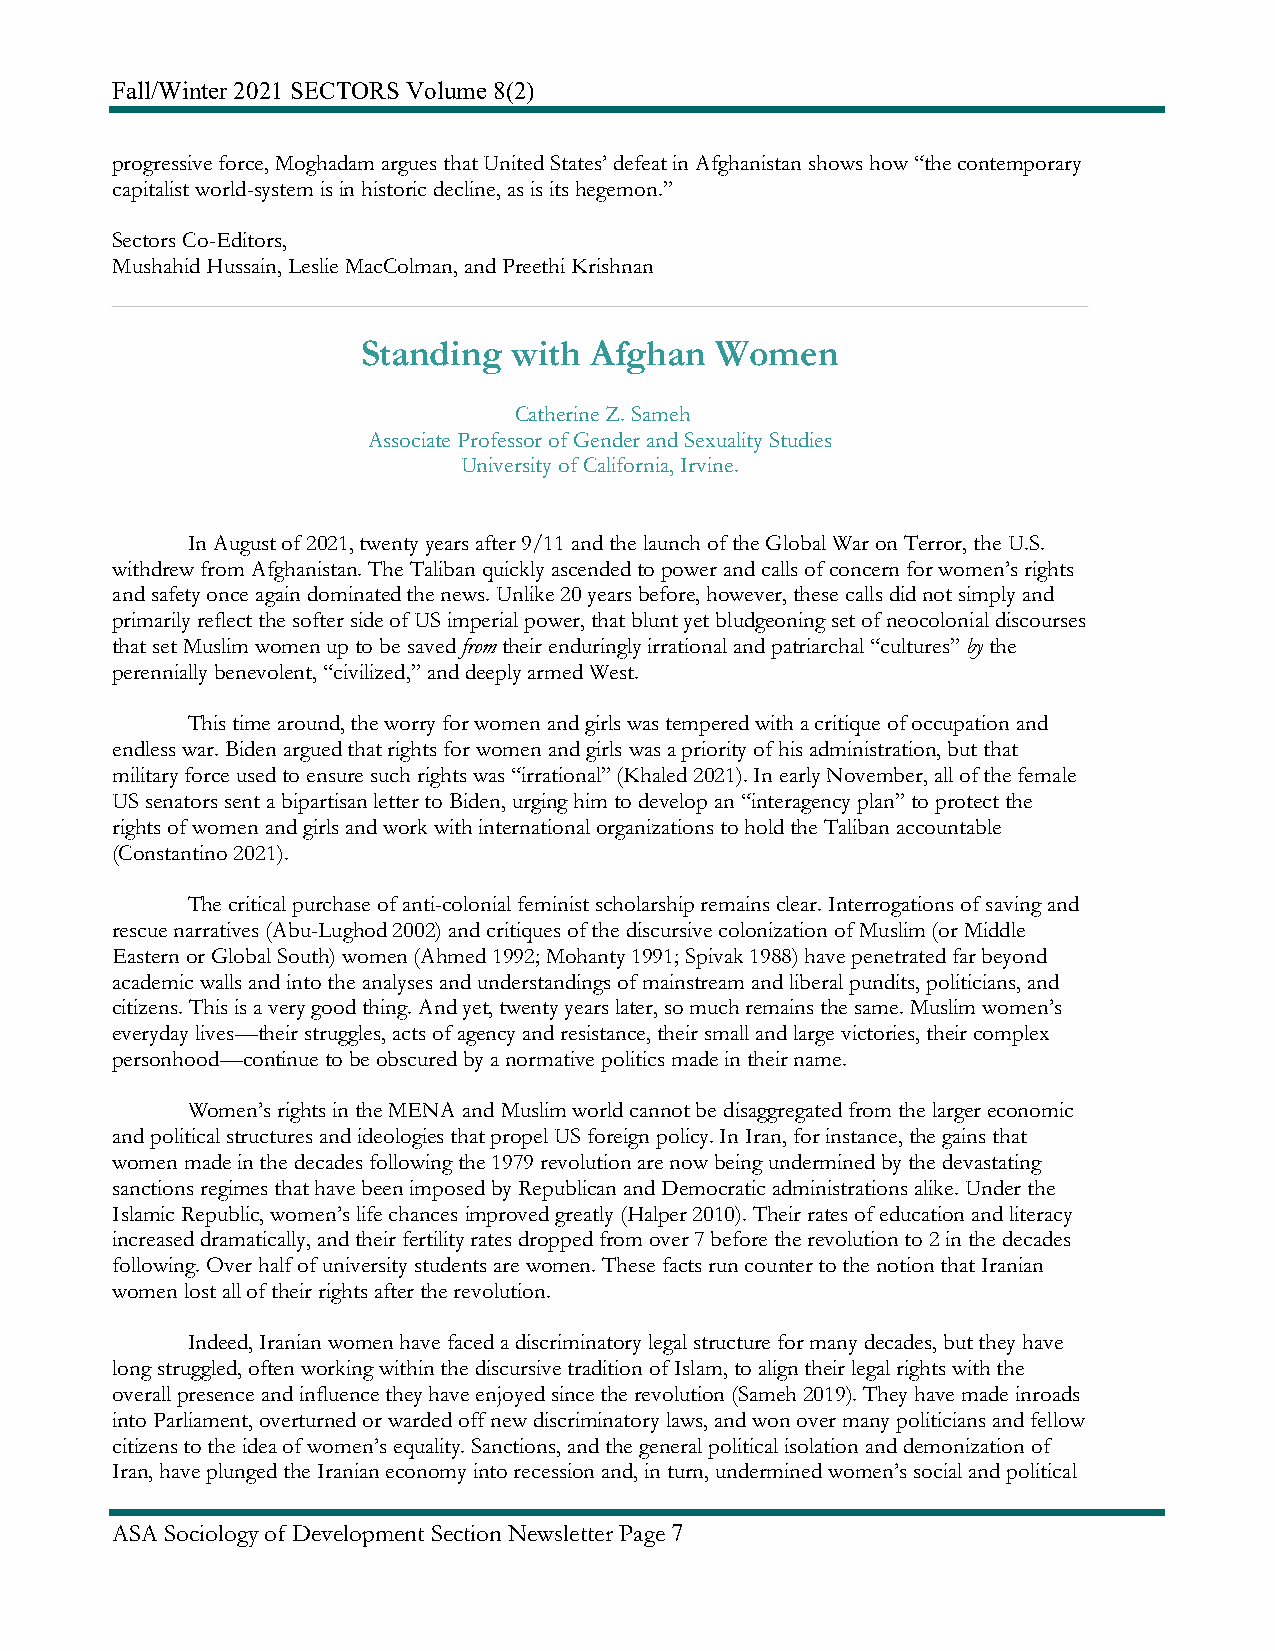
Fall/Winter 2021 SECTORS Volume 8(2)
 progressive force, Moghadam argues that United States’ defeat in Afghanistan shows how “the contemporary
 capitalist world-system is in historic decline, as is its hegemon.”
 Sectors Co-Editors,
 Mushahid Hussain, Leslie MacColman, and Preethi Krishnan
 Standing  with Afghan  Women
 Catherine Z. Sameh
 Associate Professor of Gender and Sexuality Studies
 University of California, Irvine.
 In August of 2021, twenty years after 9/11 and the launch of the Global War on Terror, the U.S.
 withdrew from Afghanistan. The Taliban quickly ascended to power and calls of concern for women’s rights
 and safety once again dominated the news. Unlike 20 years before, however, these calls did not simply and
 primarily reflect the softer side of US imperial power, that blunt yet bludgeoning set of neocolonial discourses
 that set Muslim women up to be saved from their enduringly irrational and patriarchal “cultures” by the
 perennially benevolent, “civilized,” and deeply armed West.
 This time around, the worry for women and girls was tempered with a critique of occupation and
 endless war. Biden argued that rights for women and girls was a priority of his administration, but that
 military force used to ensure such rights was “irrational” (Khaled 2021). In early November, all of the female
 US senators sent a bipartisan letter to Biden, urging him to develop an “interagency plan” to protect the
 rights of women and girls and work with international organizations to hold the Taliban accountable
 (Constantino 2021).
 The critical purchase of anti-colonial feminist scholarship remains clear. Interrogations of saving and
 rescue narratives (Abu-Lughod 2002) and critiques of the discursive colonization of Muslim (or Middle
 Eastern or Global South) women (Ahmed 1992; Mohanty 1991; Spivak 1988) have penetrated far beyond
 academic walls and into the analyses and understandings of mainstream and liberal pundits, politicians, and
 citizens. This is a very good thing. And yet, twenty years later, so much remains the same. Muslim women’s
 everyday lives—their struggles, acts of agency and resistance, their small and large victories, their complex
 personhood—continue to be obscured by a normative politics made in their name.
 Women’s rights in the MENA and Muslim world cannot be disaggregated from the larger economic
 and political structures and ideologies that propel US foreign policy. In Iran, for instance, the gains that
 women made in the decades following the 1979 revolution are now being undermined by the devastating
 sanctions regimes that have been imposed by Republican and Democratic administrations alike. Under the
 Islamic Republic, women’s life chances improved greatly (Halper 2010). Their rates of education and literacy
 increased dramatically, and their fertility rates dropped from over 7 before the revolution to 2 in the decades
 following. Over half of university students are women. These facts run counter to the notion that Iranian
 women lost all of their rights after the revolution.
 Indeed, Iranian women have faced a discriminatory legal structure for many decades, but they have
 long struggled, often working within the discursive tradition of Islam, to align their legal rights with the
 overall presence and influence they have enjoyed since the revolution (Sameh 2019). They have made inroads
 into Parliament, overturned or warded off new discriminatory laws, and won over many politicians and fellow
 citizens to the idea of women’s equality. Sanctions, and the general political isolation and demonization of
 Iran, have plunged the Iranian economy into recession and, in turn, undermined women’s social and political
 ASA Sociology of Development Section Newsletter Page 7